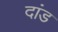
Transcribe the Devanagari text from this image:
दांड